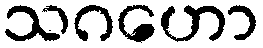
သဂဟော